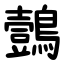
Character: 鷧